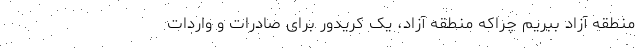
منطقه آزاد ببریم چراکه منطقه آزاد، یک کریدور برای صادرات و واردات